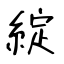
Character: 綻